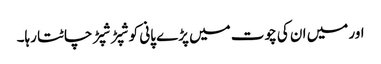
اور میں ان کی چوت میں پڑے پانی کو شپڑ شپڑ چاٹتا رہا۔